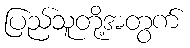
ပြည်သူတို့အတွက်